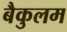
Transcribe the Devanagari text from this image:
बैकुलम